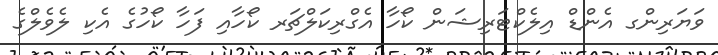
ވަޔަރިންގ އެންޑް އިލެކްޓަރިޝަން ކޯހާ އެގްރިކަލްޗަރ ކޯހާއި ފަހާ ކޯހުގެ އެކި ލެވެލްގެ